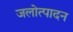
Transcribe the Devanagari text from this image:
जलोत्पादन